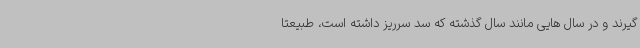
گیرند و در سال هایی مانند سال گذشته که سد سرریز داشته است، طبیعتا